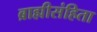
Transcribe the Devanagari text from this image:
ब्राह्मीसंहिता